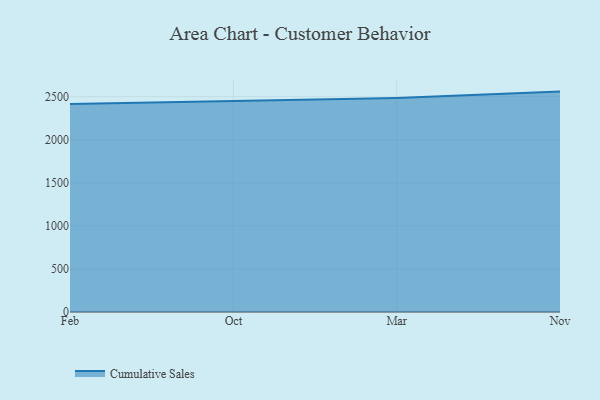
{"axis": {"x": "Month", "y": "Backlog"}, "legend": ["Cumulative Sales"], "data": [{"x": "Feb", "y": 2413.8, "type": "Cumulative Sales"}, {"x": "Oct", "y": 2451.6, "type": "Cumulative Sales"}, {"x": "Mar", "y": 2483.6, "type": "Cumulative Sales"}, {"x": "Nov", "y": 2558.7, "type": "Cumulative Sales"}]}